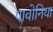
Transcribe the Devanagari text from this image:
पावोनिया